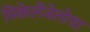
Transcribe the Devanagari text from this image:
मिकेलेंजेलोचा